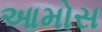
આમોસ